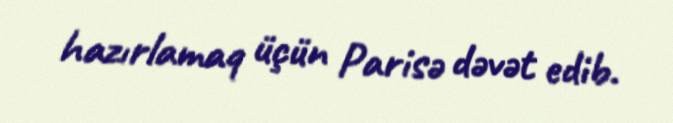
hazırlamaq üçün Parisə dəvət edib.